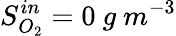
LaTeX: S_{O_{2}}^{in}=0\ g\ m^{-3}